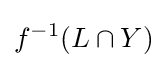
f^{-1}(L\cap Y)